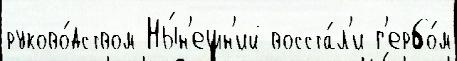
руково́дством Ны́н'ешн'ий восста́л'и г'ербо́м